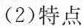
(2)特点